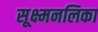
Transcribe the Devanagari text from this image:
सूक्ष्मनलिका